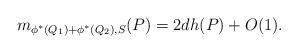
LaTeX: \begin{align*}m_{\phi^*(Q_1)+\phi^*(Q_2),S}(P)=2dh(P)+O(1).\end{align*}